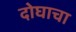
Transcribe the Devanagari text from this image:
दोघाचा